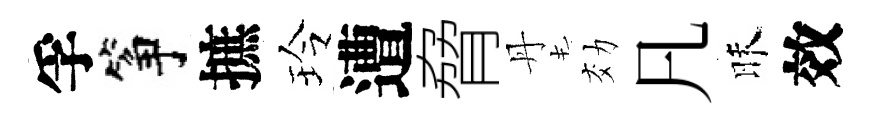
孚筝摭玲遭脅丹効凡昧效